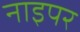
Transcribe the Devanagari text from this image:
नाइपर